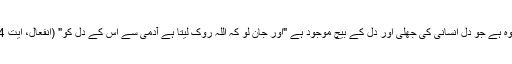
اللہ وہ ہے جو دلِ انسانی کی جھلی اور دل کے بیچ موجود ہے "اور جان لو کہ اللہ روک لیتا ہے آدمی سے اس کے دل کو" (انفعال، آیت 24)۔